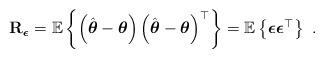
LaTeX: \begin{align*}\mathbf{R}_{\boldsymbol{\epsilon}}=\mathbb{E}\left\{\left(\hat{\boldsymbol{\theta}}-\boldsymbol{\theta}\right)\left(\hat{\boldsymbol{\theta}}-\boldsymbol{\theta}\right)^\top\right\}=\mathbb{E}\left\{\boldsymbol{\epsilon}\boldsymbol{\epsilon}^\top\right\}~.\end{align*}